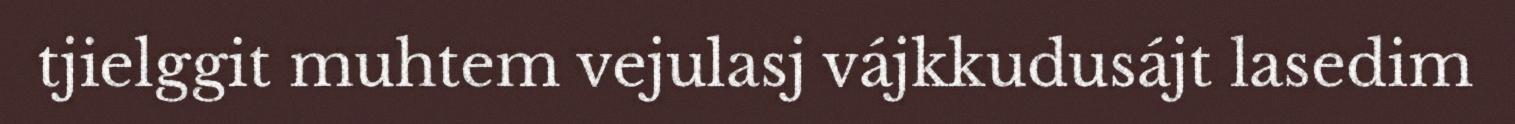
tjielggit muhtem vejulasj vájkkudusájt lasedim